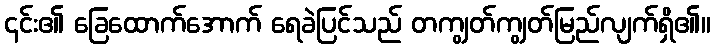
၎င်း၏ ခြေထောက်အောက် ရေခဲပြင်သည် တကျွတ်ကျွတ်မြည်လျက်ရှိ၏။